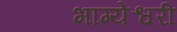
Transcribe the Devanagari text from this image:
भाग्येश्वरी